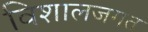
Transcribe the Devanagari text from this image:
विशालजगत